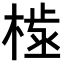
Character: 𣗫